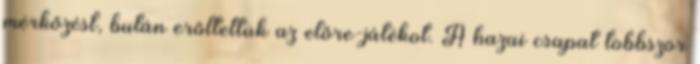
mérkőzést, bután erőltettük az előre-játékot. A hazai csapat többször